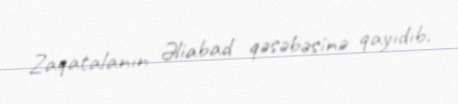
Zaqatalanın Əliabad qəsəbəsinə qayıdıb.